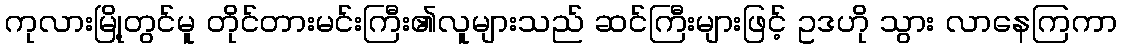
ကုလားမြို့တွင်မူ တိုင်တားမင်းကြီး၏လူများသည် ဆင်ကြီးများဖြင့် ဥဒဟို သွား လာနေကြကာ